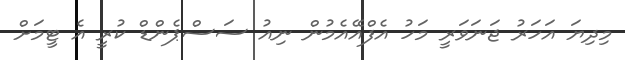
މިދިޔަ އަހަރު ޖަނަވަރީ މަހު އެފްއޭއެމުން ނިއު ސަސްޕެންޑް ކުރީ އެ ޓީމަށް